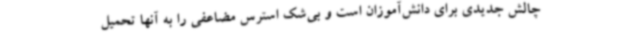
چالش جدیدی برای دانش‌آموزان است و بی‌شک استرس مضاعفی را به آنها تحمیل